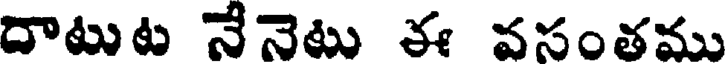
దాటుట నేనెటు ఈ వసంతము